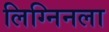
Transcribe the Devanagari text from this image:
लिग्निनला